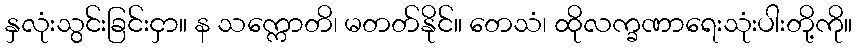
နှလုံးသွင်းခြင်းငှာ။ န သက္ကောတိ၊ မတတ်နိုင်။ တေသံ၊ ထိုလက္ခဏာရေးသုံးပါးတို့ကို။